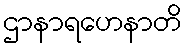
ဌာနာရဟေနာတိ